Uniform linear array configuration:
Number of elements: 12
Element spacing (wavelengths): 0.25
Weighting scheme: kaiser
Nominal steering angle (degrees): -30
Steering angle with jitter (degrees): -28.677
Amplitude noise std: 0.05
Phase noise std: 0.05

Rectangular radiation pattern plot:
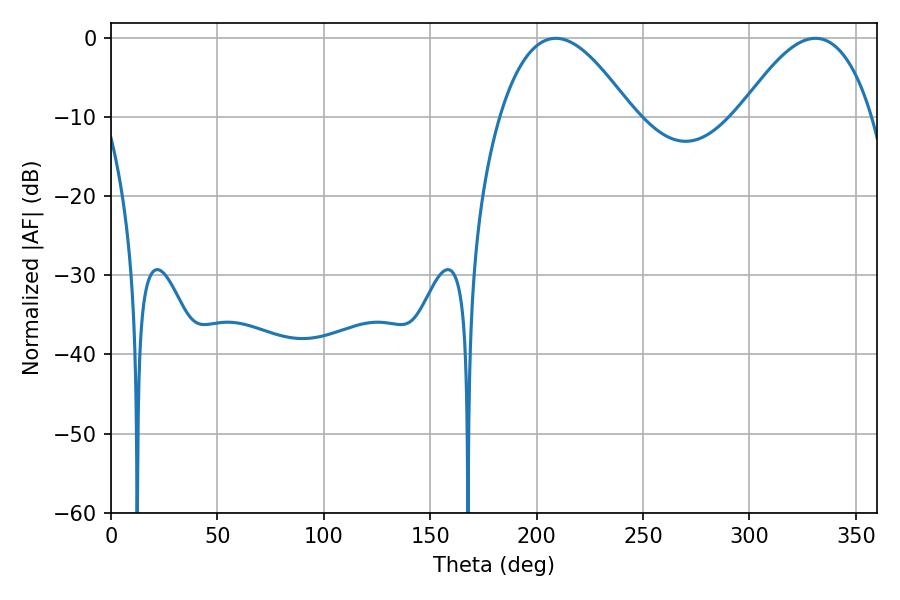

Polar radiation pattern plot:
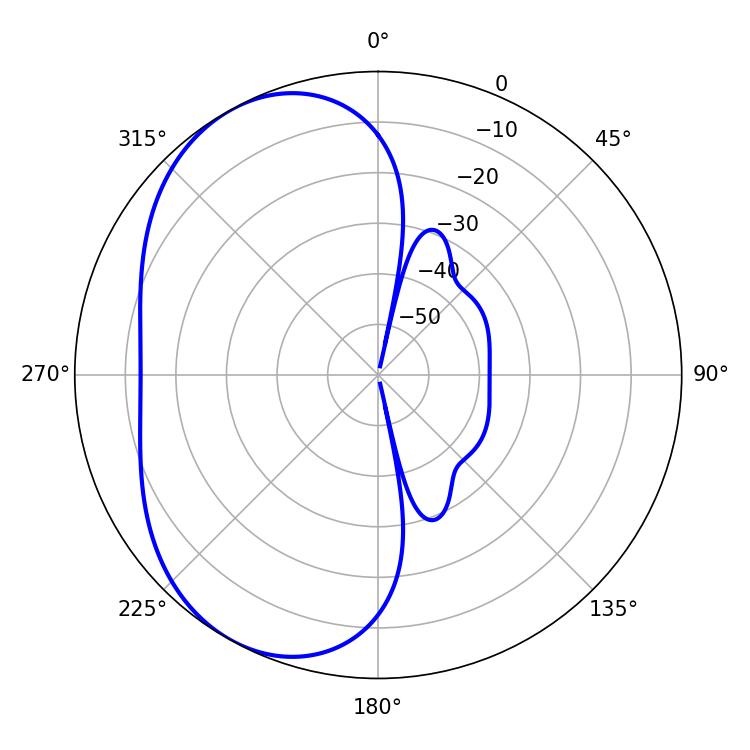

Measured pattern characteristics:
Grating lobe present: FALSE
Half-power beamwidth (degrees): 34.02
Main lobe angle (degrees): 208.98